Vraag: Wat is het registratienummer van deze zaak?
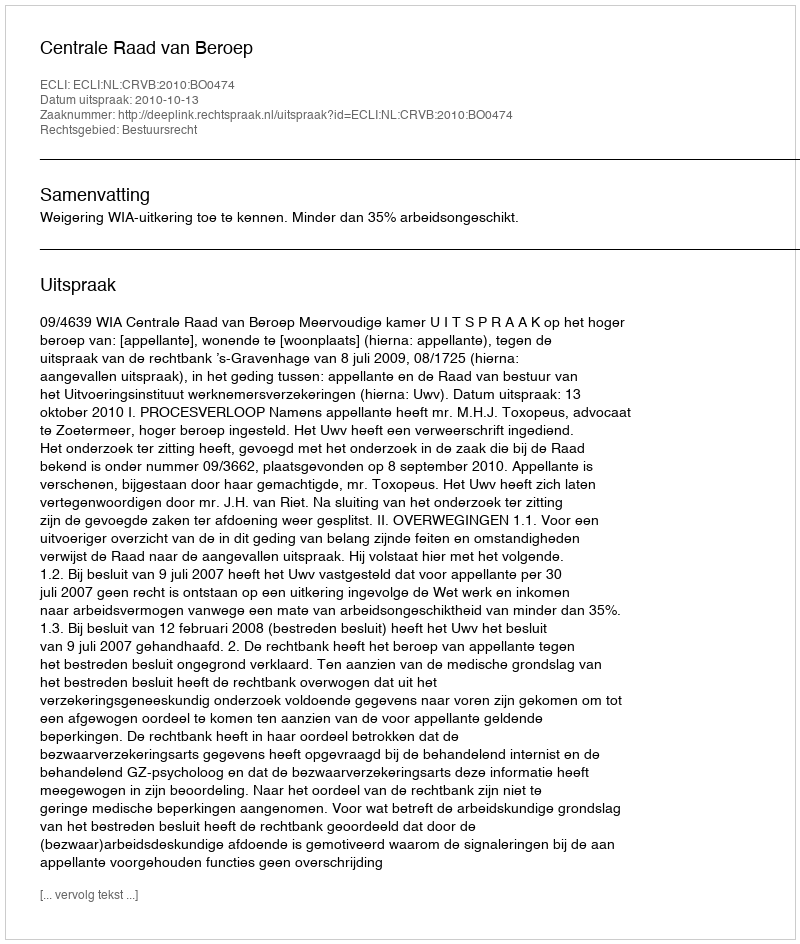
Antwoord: http://deeplink.rechtspraak.nl/uitspraak?id=ECLI:NL:CRVB:2010:BO0474